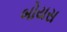
બોયસ